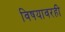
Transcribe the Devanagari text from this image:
विषयावरही